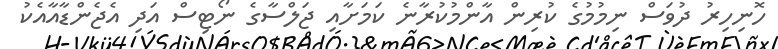
ހޮނިހިރު ދުވަސް ނިމުމުގެ ކުރިން އާންމުކުރާނެ ކަމަށާއި ޖަލްސާގެ ނޯޓިސް އަދި އެޖެންޑާއާއެކު